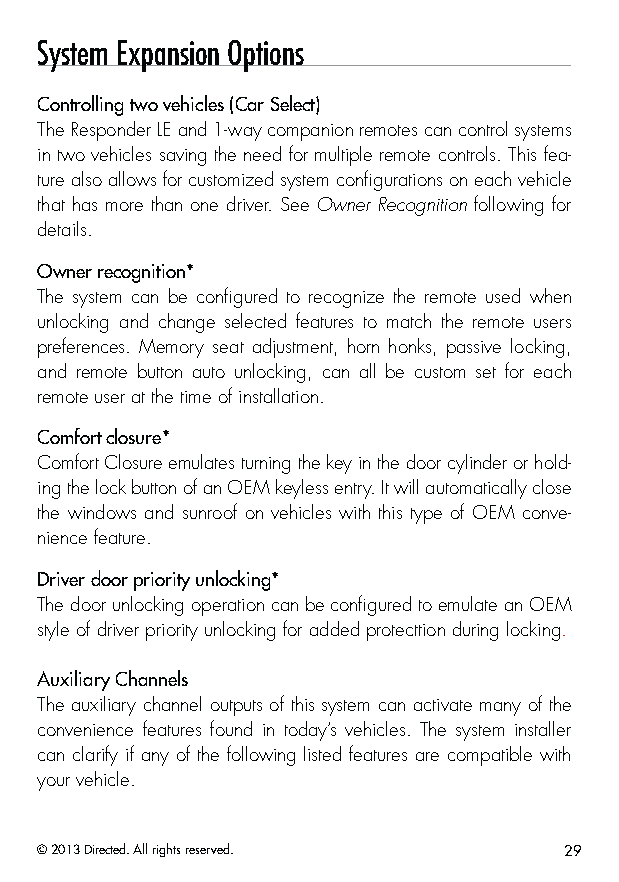
System Expansion Options
 Controlling two vehicles (Car Select)
 The Responder LE and 1-way companion remotes can control systems
 in two vehicles saving the need for multiple remote controls. This fea-
 ture also allows for customized system configurations on each vehicle
 that has more than one driver. See Owner Recognition following for
 details.
 Owner recognition*
 The system can be configured to recognize the remote used when
 unlocking and change selected features to match the remote users
 preferences. Memory seat adjustment, horn honks, passive locking,
 and remote button auto unlocking, can all be custom set for each
 remote user at the time of installation.
 Comfort closure*
 Comfort Closure emulates turning the key in the door cylinder or hold-
 ing the lock button of an OEM keyless entry. It will automatically close
 the windows and sunroof on vehicles with this type of OEM conve-
 nience feature.
 Driver door priority unlocking*
 The door unlocking operation can be configured to emulate an OEM
 style of driver priority unlocking for added protecttion during locking.
 Auxiliary Channels
 The auxiliary channel outputs of this system can activate many of the
 convenience features found in today’s vehicles. The system installer
 can clarify if any of the following listed features are compatible with
 your vehicle.
 © 2013 Directed. All rights reserved. 29